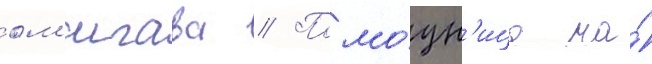
ом'игава // Помо́щн'ица на́